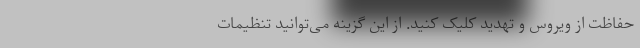
حفاظت از ویروس و تهدید کلیک کنید. از این گزینه می‌توانید تنظیمات